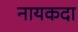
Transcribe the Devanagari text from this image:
नायकदा